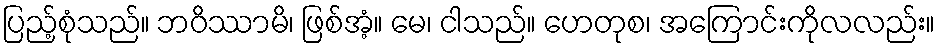
ပြည့်စုံသည်။ ဘဝိဿာမိ၊ ဖြစ်အံ့။ မေ၊ ငါသည်။ ဟေတုစ၊ အကြောင်းကိုလလည်း။